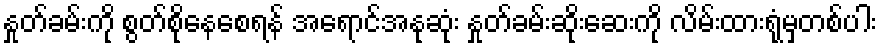
နှုတ်ခမ်းကို စွတ်စိုနေစေရန် အရောင်အနုဆုံး နှုတ်ခမ်းဆိုးဆေးကို လိမ်းထားရုံမှတစ်ပါး